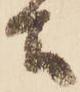
去